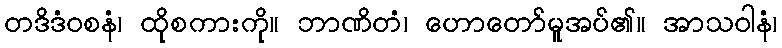
တဒိဒံဝစနံ၊ ထိုစကားကို။ ဘာဏိတံ၊ ဟောတော်မူအပ်၏။ အာသဝါနံ၊